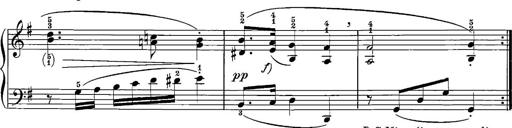
Title: 12 Sonatinas
Composer: Ignaz Pleyel